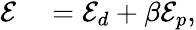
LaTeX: \begin{array}{rl}{{\cal E}}&{{}={\cal E}_{d}+\beta{\cal E}_{p},}\end{array}